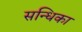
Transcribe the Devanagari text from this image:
सन्धिका